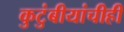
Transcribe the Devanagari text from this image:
कुटुंबीयांचीही